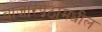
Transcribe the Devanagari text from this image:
बाजारपेठांमधील